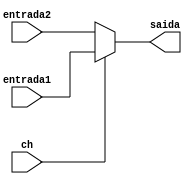
module Mux2_1(entrada1,entrada2,ch,saida);
input [7:0]entrada1,entrada2;

input ch;
output reg [7:0]saida;
always@(*)
begin
if(ch==1)
saida = entrada1;
else
saida = entrada2;
end
endmodule